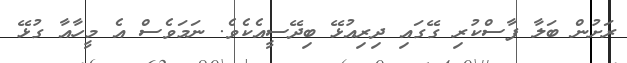
ރަށުން ބަލާ ފާސްކުރި ގޭގައި ދިރިއުޅޭ ބިދޭސީއެކެވެ. ނަމަވެސް އެ މީހާއާ ގުޅޭ